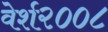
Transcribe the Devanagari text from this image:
वेर्श२००८